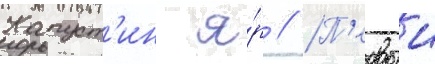
Капуст'ин я́р // П'ервыи